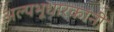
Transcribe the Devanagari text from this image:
अल्पभूधारकांनी